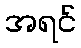
အရင်